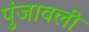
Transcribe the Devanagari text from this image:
पुंजावली